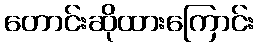
တောင်းဆိုထားကြောင်း